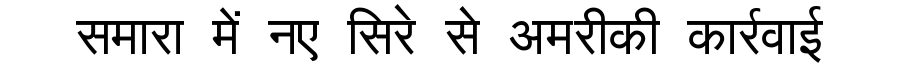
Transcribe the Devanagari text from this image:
समारा में नए सिरे से अमरीकी कार्रवाई